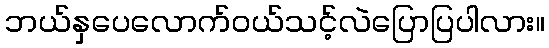
ဘယ်နှပေလောက်ဝယ်သင့်လဲပြောပြပါလား။